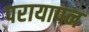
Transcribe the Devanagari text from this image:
परायापन